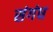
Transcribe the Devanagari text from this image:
संगंध